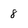
Character: 8